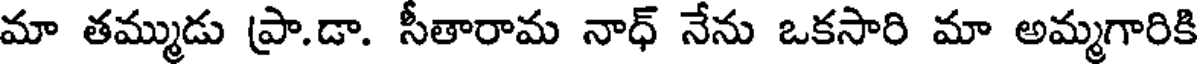
మా తమ్ముడు ప్రా.డా. సీతారామ నాధ్ నేను ఒకసారి మా అమ్మగారికి